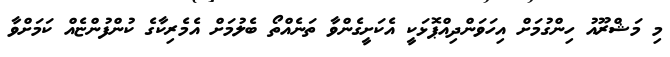
މި މަޝްރޫއު ހިންގުމަށް އިހަވަންދިއްޕޮޅަކީ އެކަށީގެންވާ ތަނެއްތޯ ބެލުމަށް އެމެރިކާގެ ކުންފުންޏެއް ކަމަށްވާ